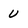
Character: u